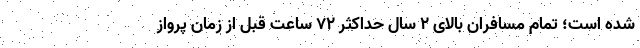
شده است؛ تمام مسافران بالای ۲ سال حداکثر ۷۲ ساعت قبل از زمان پرواز